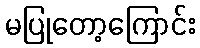
မပြုတော့ကြောင်း